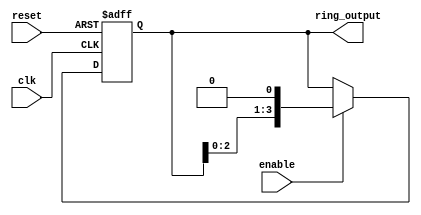
module RingCounter (
    input wire clk,
    input wire reset,
    input wire enable,
    output reg [3:0] ring_output
);

always @ (posedge clk or posedge reset) begin
    if (reset) begin
        ring_output <= 4'b0001;
    end else if (enable) begin
        ring_output <= ring_output << 1;
    end
end

endmodule